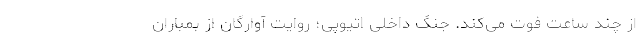
از چند ساعت فوت می‌کند. جنگ داخلی اتیوپی؛ روایت آوارگان از بمباران